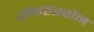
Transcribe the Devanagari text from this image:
रोमहरशेन